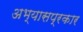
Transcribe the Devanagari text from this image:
अभ्यासप्रकार